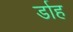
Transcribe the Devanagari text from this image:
र्डाह